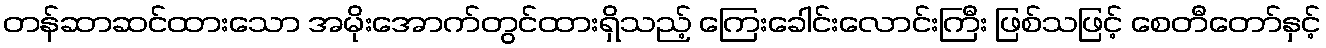
တန်ဆာဆင်ထားသော အမိုးအောက်တွင်ထားရှိသည့် ကြေးခေါင်းလောင်းကြီး ဖြစ်သဖြင့် စေတီတော်နှင့်